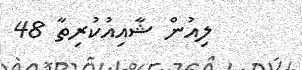
ލިއުން ޝާއިއުކުރިތާ 48